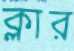
ক্লার